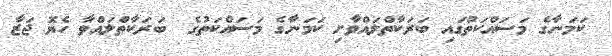
ކަމަނާގެ މަސައްކަތުގައި ބަރަކާތްލައްވާށި ކަމަނާގެ މަސައްކަތުގެ  ބަރަކާތްލައްވާ ހެޔޮ ޖަޒާ